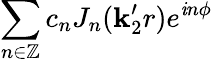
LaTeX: \sum_{n\in\mathbb{Z}}c_{n}J_{n}(\mathbf{k}_{2}^{\prime}r)e^{\mathit{i}n\phi}